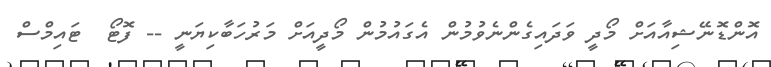
އޮންޑޮނޭޝިއާއަށް މޯދީ ވަދައިގެންނެވުމުން އެގައުމުން މޯދީއަށް މަރުހަބާކިޔަނީ -- ފޮޓޯ  ޓައިމްސް